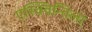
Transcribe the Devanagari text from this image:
एस्क्विन्तिला